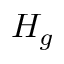
H _ { g }